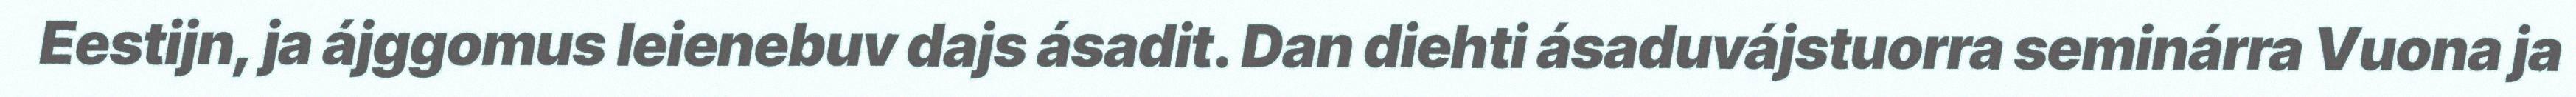
Eestijn, ja ájggomus leienebuv dajs ásadit. Dan diehti ásaduvájstuorra seminárra Vuona ja